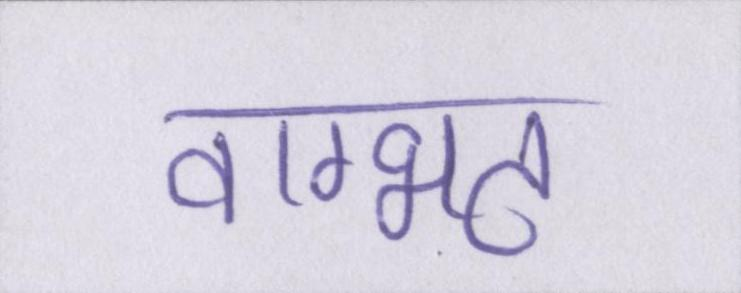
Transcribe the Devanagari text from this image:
वाग्भट